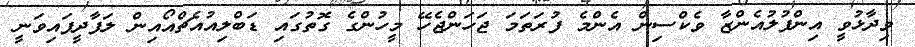
ވިދާޅުވީ އިންފުލުއެންޒާ ވެކްސިން އެންމެ ފުރަތަމަ ޖަހަންޖެހޭ މީހުންގެ ގޮތުގައި ޑަބްލިއުއެޗްއޯއިން ލަފާދީފައިވަނީ